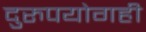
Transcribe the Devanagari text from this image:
दुरुपयोगही